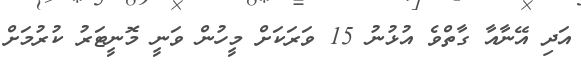
އަދި އޭނާއާ ގާތްވެ އުޅުނު 15 ވަރަކަށް މީހުން ވަނީ މޮނީޓަރު ކުރުމަށް